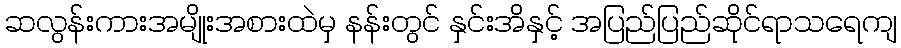
ဆလွန်းကားအမျိုးအစားထဲမှ နန်းတွင် နှင်းအိနှင့် အပြည်ပြည်ဆိုင်ရာသရေကျ